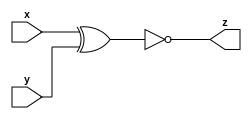
/*
* mt2015_q4b.v
*
* Boolean expression
* Sum of products
*
* z = x'y'+xy = (xy'+x'y)'
*   = ~(x ^ y)
*/

module top_module(
  input x,
  input y,
  output z
);

assign z = ~(x ^ y);

endmodule